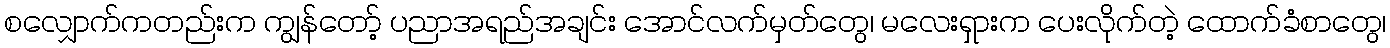
စလျှောက်ကတည်းက ကျွန်တော့် ပညာအရည်အချင်း အောင်လက်မှတ်တွေ၊ မလေးရှားက ပေးလိုက်တဲ့ ထောက်ခံစာတွေ၊